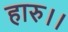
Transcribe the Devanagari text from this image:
हारु।।